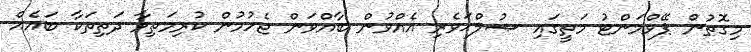
މިގޮތުން ޕޭވްމަންޓު މަތީގައި ޞުލްޙަވެރި އެއްވުން ބާއްވަން ޖެހުމުން ކުރިމަތިވާ ދަތިތަކާ ބައެއް